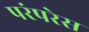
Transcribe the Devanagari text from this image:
परंपरेस